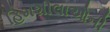
હિમશીલાઓની